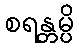
စရန္တမ္ပိ